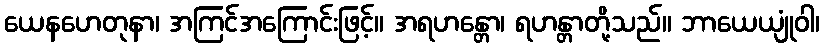
ယေနဟေတုနာ၊ အကြင်အကြောင်းဖြင့်။ အရဟန္တော၊ ရဟန္တာတို့သည်။ ဘာယေယျုံဝါ၊